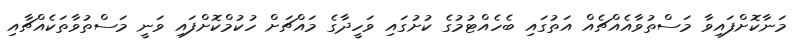
މަނާކޮށްފައިވާ މަސްތުވާއެއްޗެއް އަތުގައި ބެހެއްޓުމުގެ ކުށުގައި ވަހީދާގެ މައްޗަށް ހުކުމްކޮށްފައި ވަނީ މަސްތުވާތަކެއްޗާއި